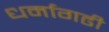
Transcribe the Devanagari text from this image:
धर्मागढी